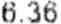
6.36